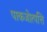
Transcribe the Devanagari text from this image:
पाकजोत्पत्ति